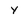
Character: Y